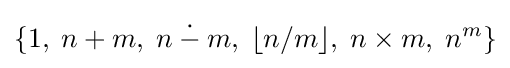
\{1,\;n+m,\;n\mathbin {\dot {-}} m,\;\lfloor n/m\rfloor ,\;n\times m,\;n^{m}\}